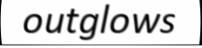
outglows